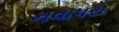
નવાપરા